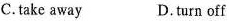
C.take away D.turn off